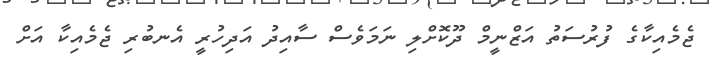
ޖެމެއިކާގެ ފުރުސަތު އަޒްނީމް ދޫކޮށްލި ނަމަވެސް ސާއިދު އަދިހުރީ އެނބުރި ޖެމެއިކާ އަށް